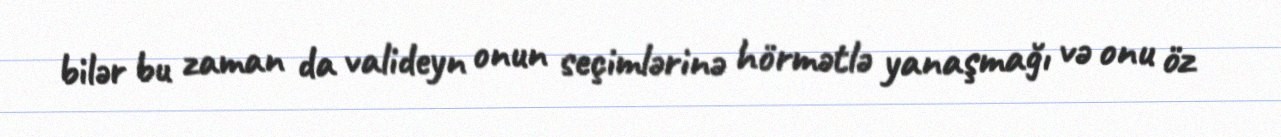
bilər bu zaman da valideyn onun seçimlərinə hörmətlə yanaşmağı və onu öz